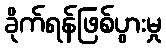
ခိုက်ရန်ဖြစ်ပွားမှု